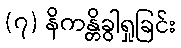
(၇) နိကန္တိခွါရှုခြင်း